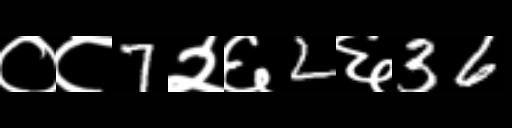
Text: ०८7२६2६36